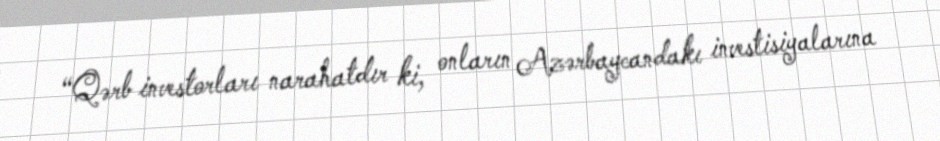
“Qərb investorları narahatdır ki, onların Azərbaycandakı investisiyalarına